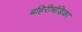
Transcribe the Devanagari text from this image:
बहिरीचंडिका